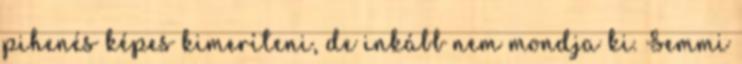
pihenés képes kimeríteni, de inkább nem mondja ki. Semmi